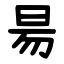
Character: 昜